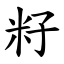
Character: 籽